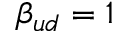
\beta _ { u d } = 1